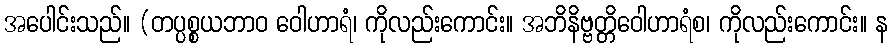
အပေါင်းသည်။ (တပ္ပစ္စယဘာဝ ဝေါဟာရံ၊ ကိုလည်းကောင်း။ အဘိနိဗ္ဗတ္တိဝေါဟာရံစ၊ ကိုလည်းကောင်း။ န